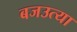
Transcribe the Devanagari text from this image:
बजउत्या